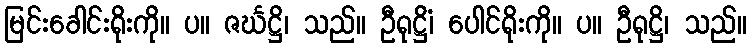
မြင်းခေါင်းရိုးကို။ ပ။ ဇင်္ဃဋ္ဌိ၊ သည်။ ဦရုဋ္ဌိံ၊ ပေါင်ရိုးကို။ ပ။ ဦရုဋ္ဌိ၊ သည်။